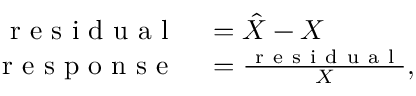
\begin{array} { r l } { \mathrm { ~ r ~ e ~ s ~ i ~ d ~ u ~ a ~ l ~ } } & { { } = \hat { X } - X } \\ { \mathrm { ~ r ~ e ~ s ~ p ~ o ~ n ~ s ~ e ~ } } & { { } = \frac { \mathrm { ~ r ~ e ~ s ~ i ~ d ~ u ~ a ~ l ~ } } { X } , } \end{array}